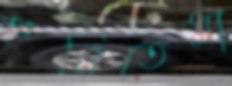
হুনিতেমা